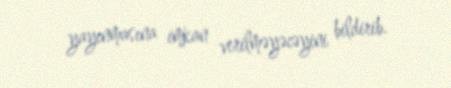
yayınmasına imkan verilməyəcəyini bildirib.